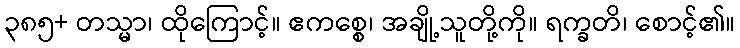
၃၈၅+ တသ္မာ၊ ထိုကြောင့်။ ဧကစ္စေ၊ အချို့သူတို့ကို။ ရက္ခတိ၊ စောင့်၏။